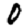
Digit: 0